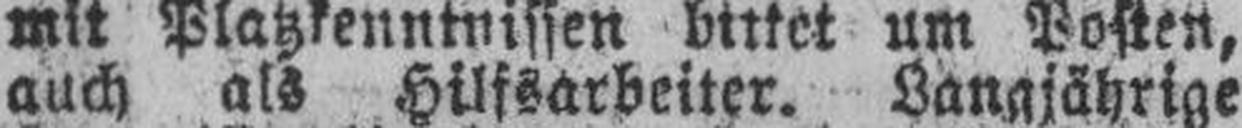
auch als Hilfsarbeiter. Langjährige